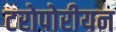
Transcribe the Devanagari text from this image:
टरोपोरीयन